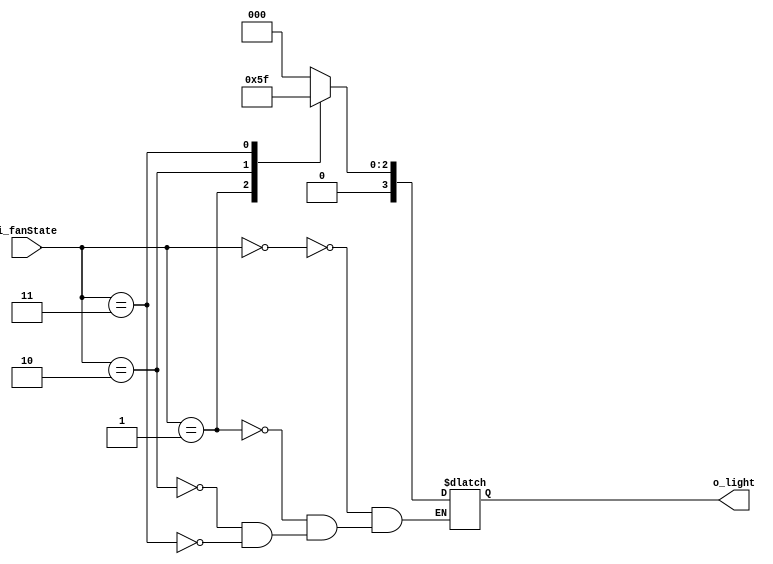
module LightControl(
    input [2:0] i_fanState,
    output [3:0] o_light
    );

    reg [3:0] r_light;
    assign o_light = r_light;

    always @(*) begin
        case (i_fanState)
            3'd0 : r_light = 4'b0000;
            3'd1 : r_light = 4'b0001;
            3'd2 : r_light = 4'b0011;
            3'd3 : r_light = 4'b0111;
        endcase
    end
    
endmodule